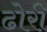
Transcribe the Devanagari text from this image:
ढोरी